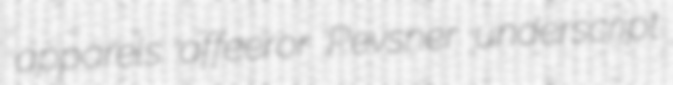
apparels affeeror Pevsner underscript